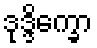
ဒုဒ္ဒိက္ခော